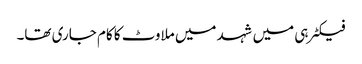
فیکٹرہی میں شہد میں ملاوٹ کا کام جاری تھا۔